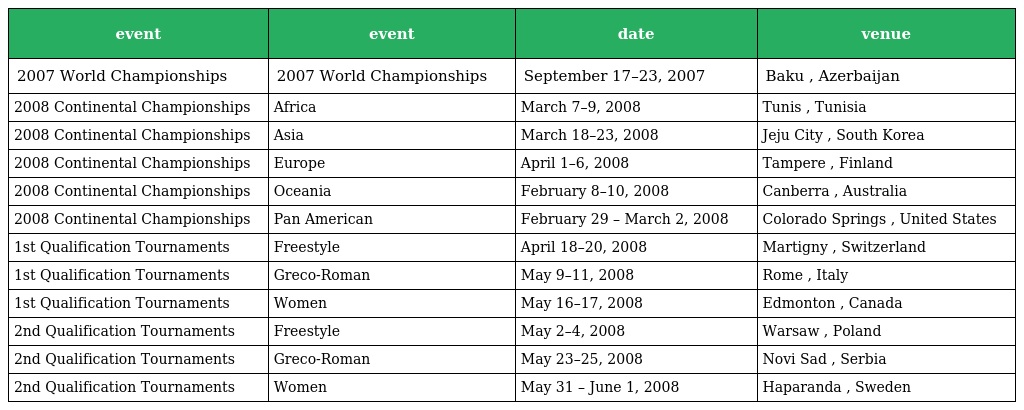
| event | event | date | venue |
 | --- | --- | --- | --- |
 | 2007 World Championships | 2007 World Championships | September 17–23, 2007 | Baku , Azerbaijan |
 | 2008 Continental Championships | Africa | March 7–9, 2008 | Tunis , Tunisia |
 | 2008 Continental Championships | Asia | March 18–23, 2008 | Jeju City , South Korea |
 | 2008 Continental Championships | Europe | April 1–6, 2008 | Tampere , Finland |
 | 2008 Continental Championships | Oceania | February 8–10, 2008 | Canberra , Australia |
 | 2008 Continental Championships | Pan American | February 29 – March 2, 2008 | Colorado Springs , United States |
 | 1st Qualification Tournaments | Freestyle | April 18–20, 2008 | Martigny , Switzerland |
 | 1st Qualification Tournaments | Greco-Roman | May 9–11, 2008 | Rome , Italy |
 | 1st Qualification Tournaments | Women | May 16–17, 2008 | Edmonton , Canada |
 | 2nd Qualification Tournaments | Freestyle | May 2–4, 2008 | Warsaw , Poland |
 | 2nd Qualification Tournaments | Greco-Roman | May 23–25, 2008 | Novi Sad , Serbia |
 | 2nd Qualification Tournaments | Women | May 31 – June 1, 2008 | Haparanda , Sweden |